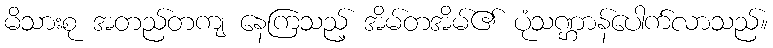
မိသားစု အတည်တကျ နေကြသည့် အိမ်တအိမ်၏ ပုံသဏ္ဌာန်ပေါက်လာသည်။